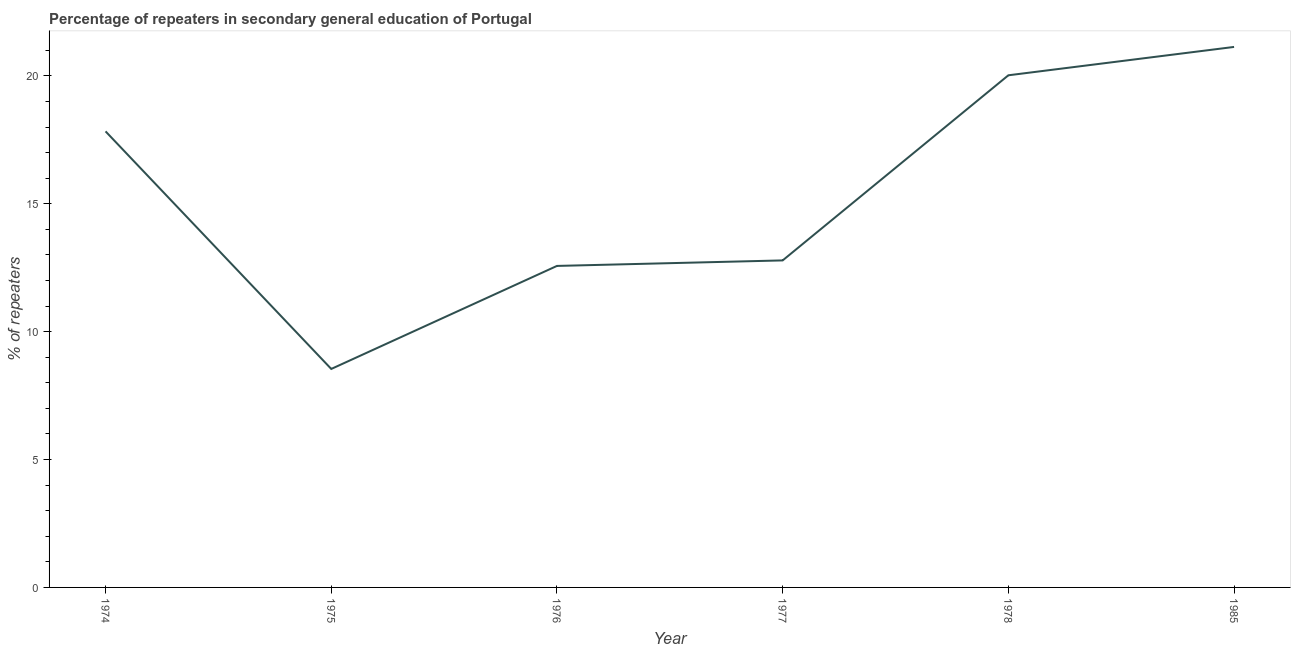
| Year | Percentage of repeaters |
 | --- | --- |
 | 1974 | 17.8 |
 | 1975 | 8.54 |
 | 1976 | 12.6 |
 | 1977 | 12.8 |
 | 1978 | 20 |
 | 1985 | 21.1 |